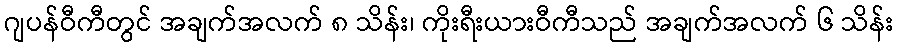
ဂျပန်ဝီကီတွင် အချက်အလက် ၈ သိန်း၊ ကိုးရီးယားဝီကီသည် အချက်အလက် ၆ သိန်း